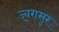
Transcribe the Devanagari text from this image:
ज्वरासुर